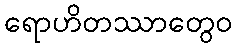
ရောဟိတဿာတွေဝ